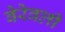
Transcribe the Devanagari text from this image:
बेरेवली